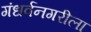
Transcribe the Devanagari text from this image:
गंधर्वनगरीला